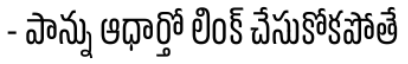
- పాన్ను ఆధార్తో లింక్ చేసుకోకపోతే